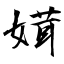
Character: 媶